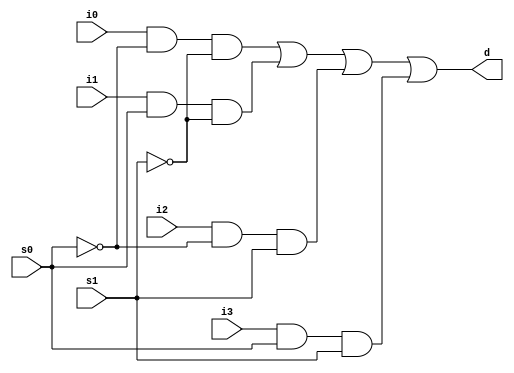
`timescale 1ns / 1ps
//////////////////////////////////////////////////////////////////////////////////
// Company: 
// Engineer: 
// 
// Design Name: 
// Module Name: Mux_Structural
// Project Name: 
// Target Devices: 
// Tool Versions: 
// Description: 
// 
// Dependencies: 
// 
// Revision:
// Revision 0.01 - File Created
// Additional Comments:
// 
//////////////////////////////////////////////////////////////////////////////////


module Mux_Structural(
    input i0,
    input i1,
    input i2,
    input i3,
    input s0,
    input s1,
    output d
    );
  wire s0_not, s1_not;
  wire a0,a1,a2,a3;
  
  not n0(s0_not, s0);
  not n1(s1_not, s1);
  
  and g0(a0,i0,s0_not,s1_not);
  and g1(a1,i1,s0,s1_not);
  and g2(a2,i2,s0_not,s1);
  and g3(a3,i3,s0,s1);
  
  or or1(d,a0,a1,a2,a3);
  
  
        
   
 
endmodule